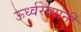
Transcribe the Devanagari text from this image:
ऊर्ध्वरेष्यांनी